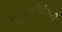
આહવાનીચીઝની